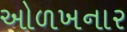
ઓળખનાર